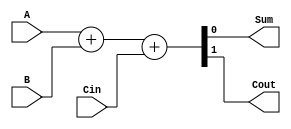
`timescale 1ns / 1ps
//////////////////////////////////////////////////////////////////////////////////
// Company: 
// Engineer: 
// 
// Design Name: 
// Module Name: full_adder
// Project Name: 
// Target Devices: 
// Tool Versions: 
// Description: 
// 
// Dependencies: 
// 
// Revision:
// Revision 0.01 - File Created
// Additional Comments:
// 
//////////////////////////////////////////////////////////////////////////////////


module fulladder(
    input A,
    input B,
    input Cin,
    output Sum,
    output Cout
    );
    wire [1:0] temp;
    assign temp = A + B + Cin;
    assign Sum = temp[0];
    assign Cout = temp[1];
endmodule